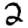
Digit: 2